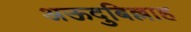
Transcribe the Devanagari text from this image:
अऊदुबिल्लाह